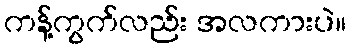
ကန့်ကွက်လည်း အလကားပဲ။